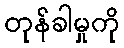
တုန်ခါမှုကို